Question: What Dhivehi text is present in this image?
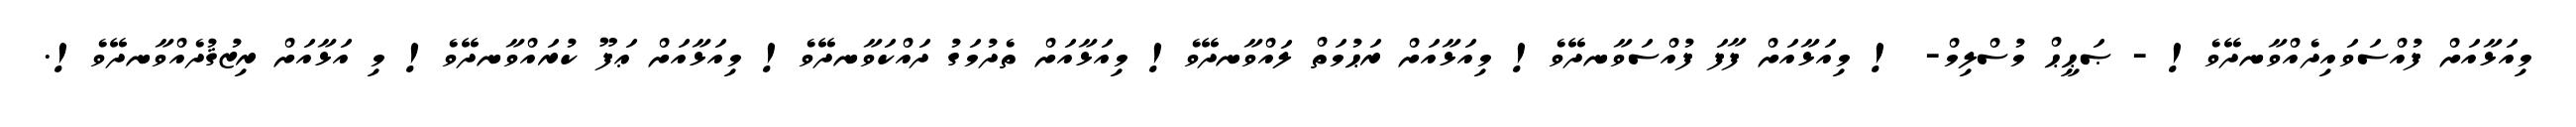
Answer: މިއަޅާއަށް ފުއްސަވައިދެއްވާނދޭވެ! - ޞަޙީޙް މުސްލިމް- ! މިއަޅާއަށް ފާފަ ފުއްސަވާނދޭވެ! މިއަޅާއަށް ރަޙުމަތް ލައްވާނދޭވެ! މިއަޅާއަށް ތެދުމަގު ދައްކަވާނދޭވެ! މިއަޅާއަށް ޢަފޫ ކުރައްވާނދޭވެ! މި އަޅާއަށް ރިޒުޤުދެއްވާނދޭވެ!.